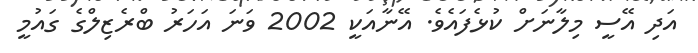
އަދި އޭސީ މިލާނަށް ކުޅެފައެވެ. އޭނާއަކީ 2002 ވަނަ އަހަރު ބްރެޒިލްގެ ގައުމީ